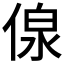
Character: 𱎽